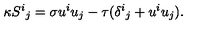
\kappa { S ^ { i } } _ { j } = \sigma u ^ { i } u _ { j } - \tau ( { \delta ^ { i } } _ { j } + u ^ { i } u _ { j } ) .